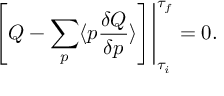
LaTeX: \left. \left[ Q - \sum _ { p } \langle p { \frac { \delta Q } { \delta p } } \rangle \right] \right| _ { { \tau _ { i } } } ^ { \tau _ { f } } = 0 .